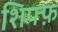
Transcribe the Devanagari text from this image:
शिफ्फ़